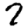
Digit: 7